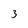
Character: 3